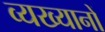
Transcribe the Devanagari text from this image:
व्यख्यानों